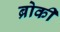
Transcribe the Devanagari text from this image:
ब्रोकी